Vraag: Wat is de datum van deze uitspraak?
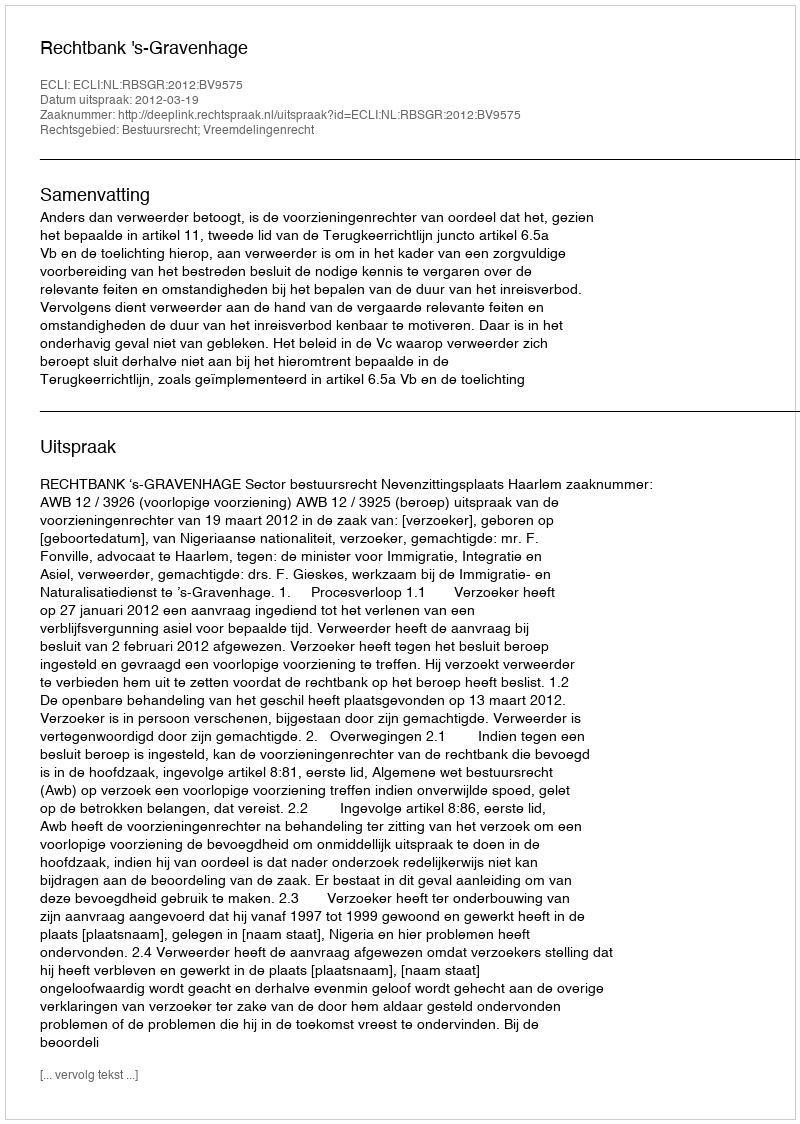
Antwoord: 2012-03-19